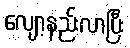
လျော့နည်းလာပြီး